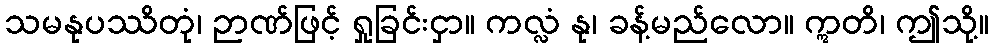
သမနုပဿိတုံ၊ ဉာဏ်ဖြင့် ရှုခြင်းငှာ။ ကလ္လံ နု၊ ခန့်မည်လော။ ဣတိ၊ ဤသို့။